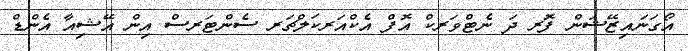
އޯގަނައިޒޭޝަން ފޮރ ދަ ނެޓްވަރކް އޮފް އެކްއަރކަލްޗަރ ސެންޓަރސް އިން އޭޝިއާ އެންޑް